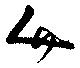
人